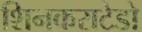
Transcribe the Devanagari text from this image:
शिनकराटेडो